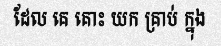
ដែល គេ គោះ យក គ្រាប់ ក្នុង